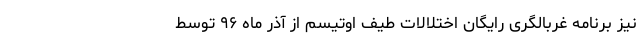
نیز برنامه غربالگری رایگان اختلالات طیف اوتیسم از آذر ماه ۹۶ توسط